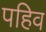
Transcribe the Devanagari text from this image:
पहिव